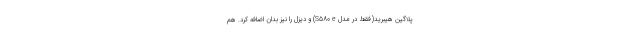
پلاگین هیبرید(فقط در مدل S580 e) و دیزل را نیز بدان اضافه کرد. هم